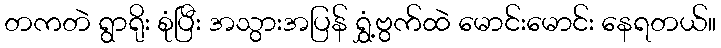
တကတဲ ရွာရိုး စုံပြီး အသွားအပြန် ရွှံ့ဗွက်ထဲ မောင်းမောင်း နေရတယ်။